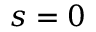
s = 0